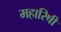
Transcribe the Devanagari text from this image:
महारिषी